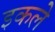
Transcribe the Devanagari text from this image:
इकले